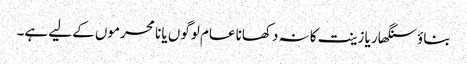
بناؤ سنگھار یا زینت کا نہ دکھانا عام لوگوں یا نا محرموں کے لیے ہے۔